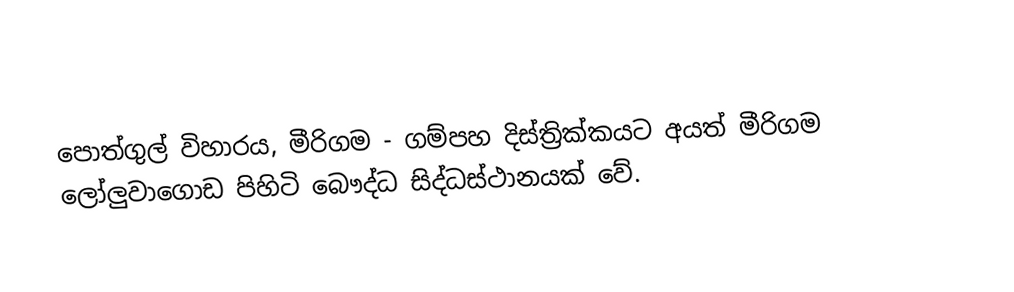
පොත්ගුල් විහාරය, මීරිගම - ගම්පහ දිස්ත්‍රික්කයට අයත් මීරිගම ලෝලුවාගොඩ පිහිටි බෞද්ධ සිද්ධස්ථානයක් වේ.